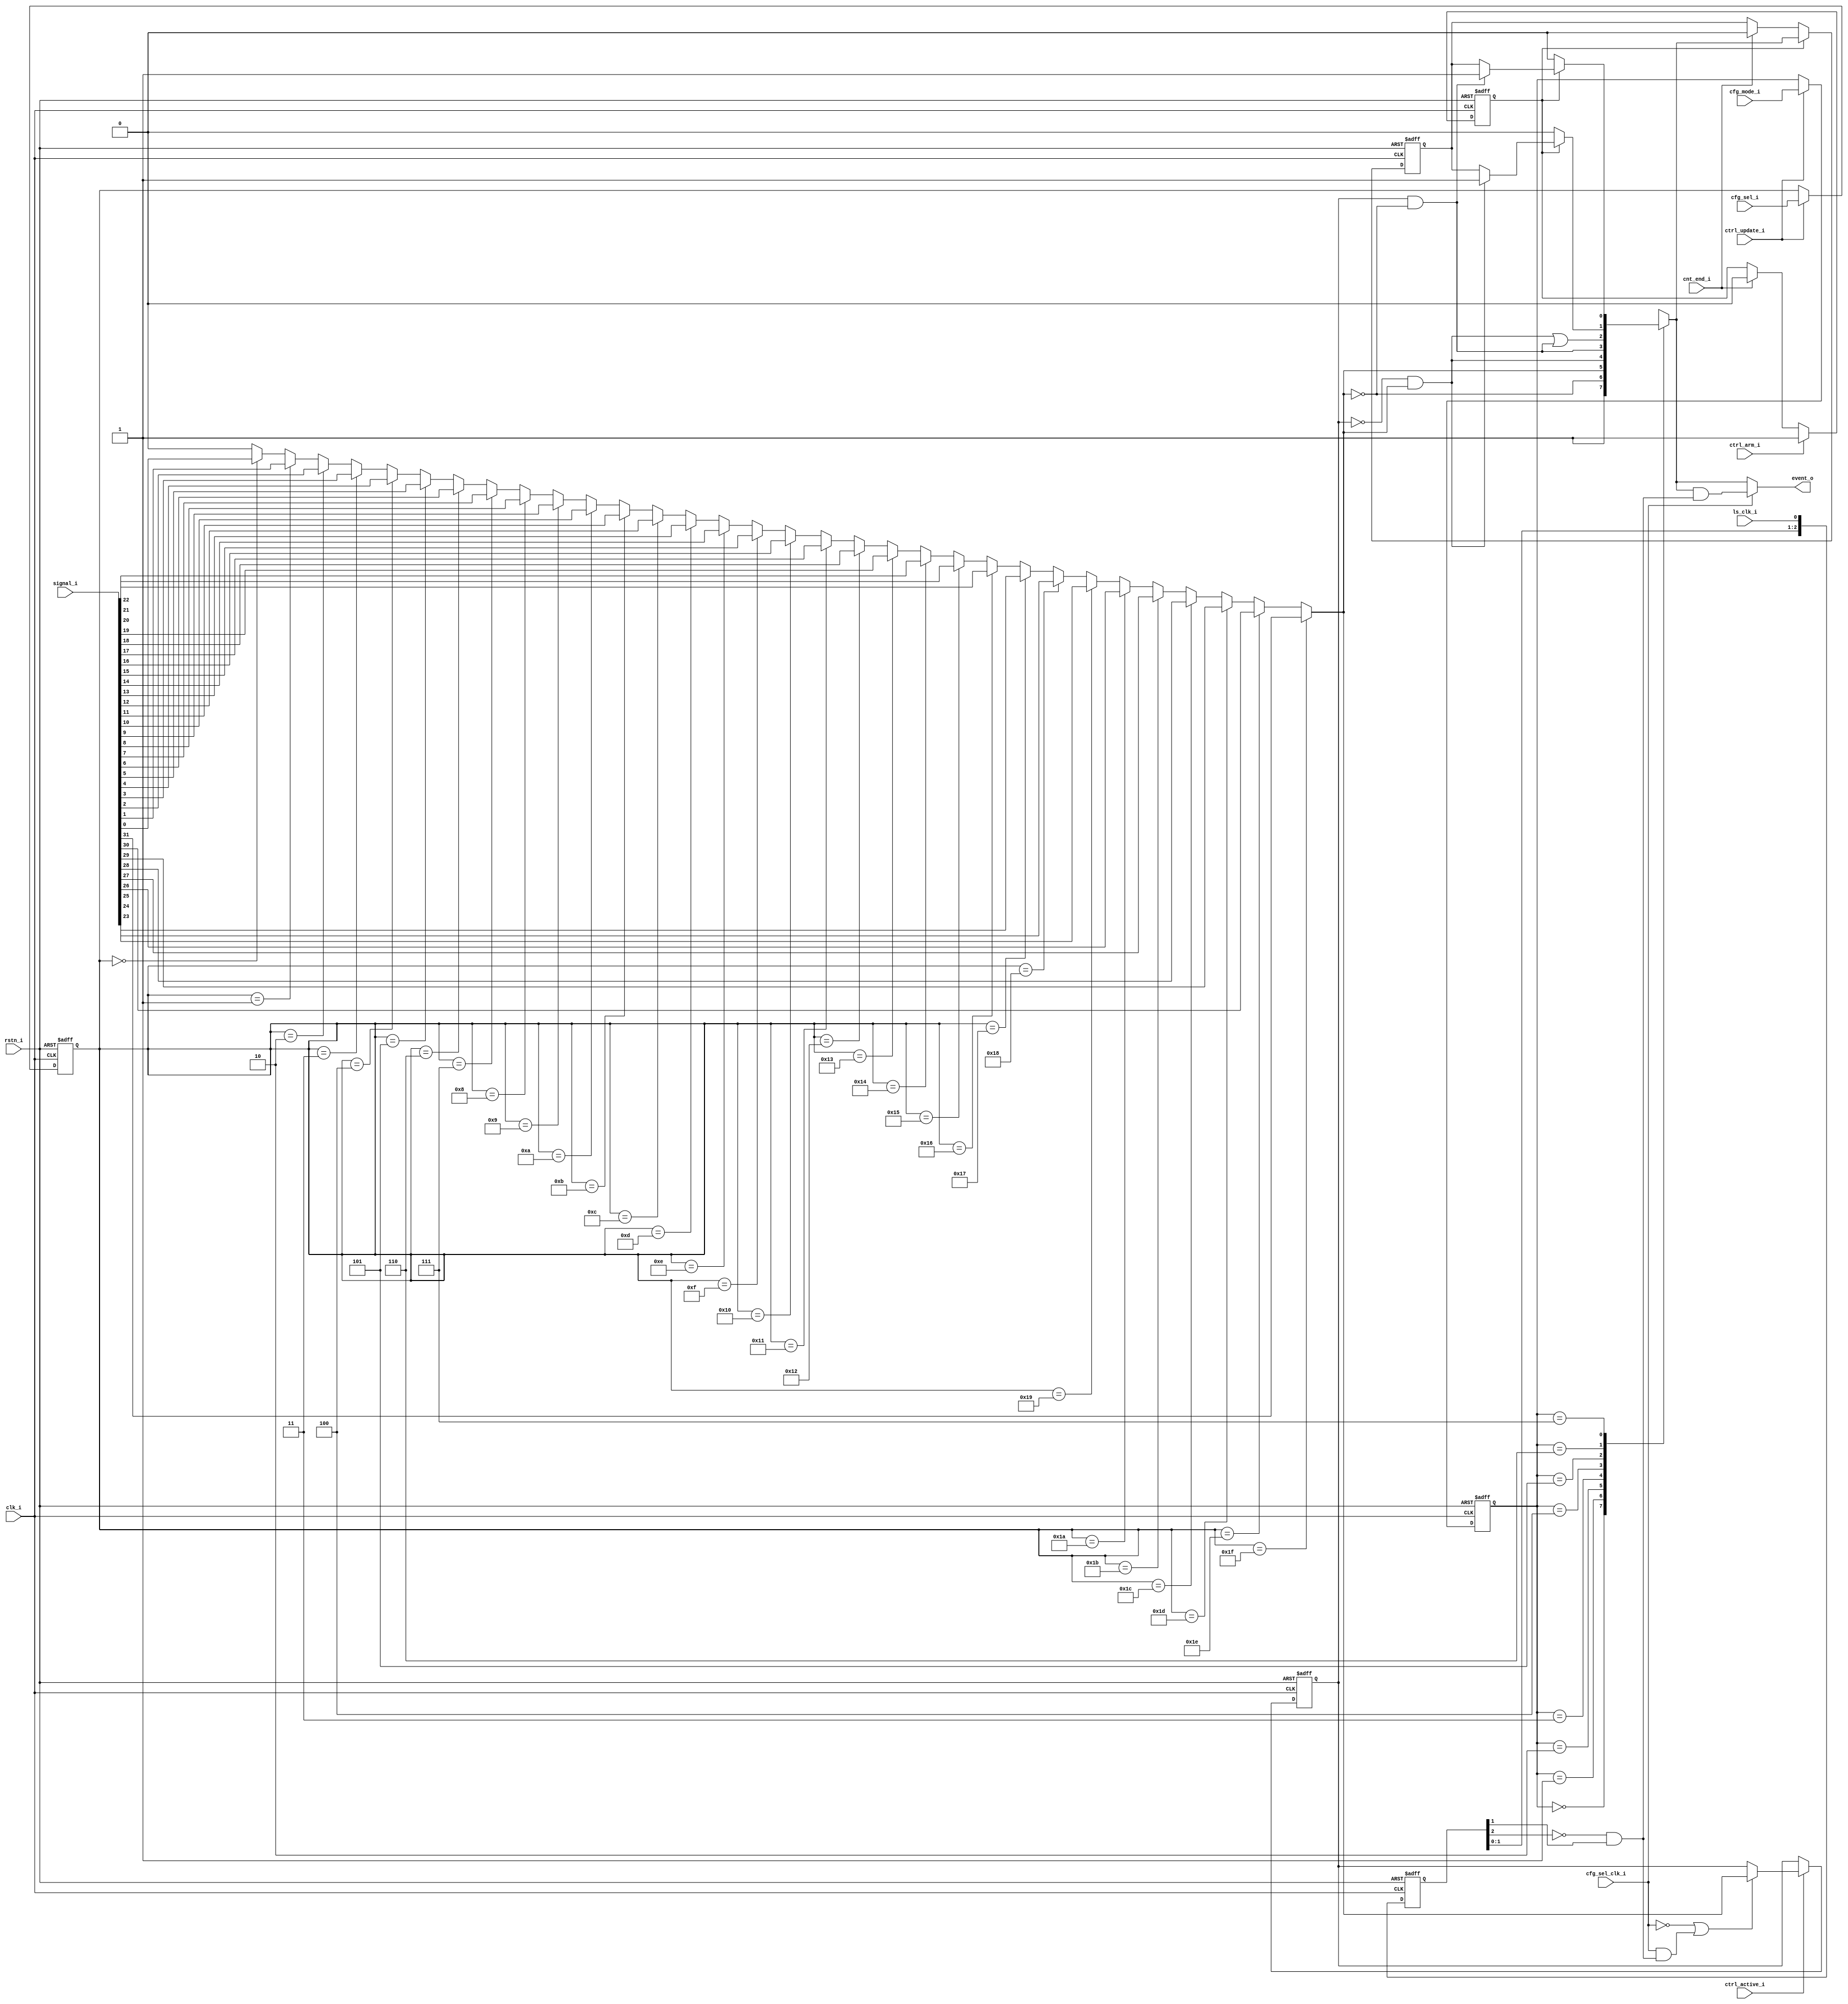
// Copyright 2018 ETH Zurich and University of Bologna.
// -- Adaptable modifications made for hbirdv2 SoC. -- 
// Copyright and related rights are licensed under the Solderpad Hardware
// License, Version 0.51 (the "License"); you may not use this file except in
// compliance with the License.  You may obtain a copy of the License at
// http://solderpad.org/licenses/SHL-0.51. Unless required by applicable law
// or agreed to in writing, software, hardware and materials distributed under
// this License is distributed on an "AS IS" BASIS, WITHOUT WARRANTIES OR
// CONDITIONS OF ANY KIND, either express or implied. See the License for the
// specific language governing permissions and limitations under the License.

module input_stage #(
    parameter EXTSIG_NUM = 32
) (
    input  wire                    clk_i,
    input  wire                    rstn_i,
    input  wire                    ctrl_active_i,
    input  wire                    ctrl_update_i,
    input  wire                    ctrl_arm_i,
    input  wire                    cnt_end_i,
    input  wire [7:0]              cfg_sel_i,
    input  wire                    cfg_sel_clk_i,
    input  wire [2:0]              cfg_mode_i,
    input  wire                    ls_clk_i,
    input  wire [EXTSIG_NUM - 1:0] signal_i,
    output reg                     event_o
);

    wire      s_rise;
    wire      s_rise_ls_clk;
    wire      s_fall;
    reg       s_int_evnt;
    wire      s_event;
    wire      r_active;
    reg       r_event;
    reg       r_oldval;
    reg       s_int_sig;
    reg [7:0] r_sel;
    reg [2:0] r_mode;
    reg       r_armed;
    reg [2:0] r_ls_clk_sync;
    
    
    assign s_rise        = ~r_oldval & s_int_sig;
    assign s_fall        = r_oldval & ~s_int_sig;
    assign s_rise_ls_clk = ~r_ls_clk_sync[2] & r_ls_clk_sync[1];

    always @(posedge clk_i or negedge rstn_i) begin : proc_r_ls_clk_sync
        if (~rstn_i)
            r_ls_clk_sync <= 'h0;
        else
            r_ls_clk_sync <= {r_ls_clk_sync[1:0], ls_clk_i};
    end


    always @(posedge clk_i or negedge rstn_i) begin : proc_r_mode
        if (~rstn_i) begin
            r_mode <= 0;
            r_sel  <= 0;
        end else if (ctrl_update_i) begin
            r_mode <= cfg_mode_i;
            r_sel  <= cfg_sel_i;
        end
    end


    always @(*) begin : proc_event_o
        if (cfg_sel_clk_i)
            event_o = s_int_evnt & s_rise_ls_clk;
        else
            event_o = s_int_evnt;
    end


    always @(*) begin : proc_s_int_evnt
        case (r_mode)
            3'b000: s_int_evnt = 1'b1;
            3'b001: s_int_evnt = ~s_int_sig;
            3'b010: s_int_evnt = s_int_sig;
            3'b011: s_int_evnt = s_rise;
            3'b100: s_int_evnt = s_fall;
            3'b101: s_int_evnt = s_rise | s_fall;
            3'b110:
            begin
                if (r_armed)
                    s_int_evnt = (s_rise ? 1'b1 : r_event);
                else
                    s_int_evnt = 1'b0;
            end
            3'b111:
            begin
                if (r_armed)
                    s_int_evnt = (s_fall ? 1'b1 : r_event);
                else
               	    s_int_evnt = 1'b0;
            end
        endcase
    end

    integer i;
    always @(*) begin : proc_int_sig
        s_int_sig = 0;
	for (i = 0; i < EXTSIG_NUM; i = i + 1) begin
       	    if (r_sel == i)  s_int_sig = signal_i[i];
	end
    end


    always @(posedge clk_i or negedge rstn_i) begin : proc_r_event
        if (~rstn_i) begin
            r_event <= 1'b0;
            r_armed <= 1'b0;
	end else begin
            if (r_armed)
                r_event <= s_int_evnt;
            else if (cnt_end_i)
                r_event <= 1'b0;

            if (ctrl_arm_i)
                r_armed <= 1'b1;
            else if (cnt_end_i)
                r_armed <= 1'b0;
        end
    end


    always @(posedge clk_i or negedge rstn_i) begin : proc_r_sync
	if (~rstn_i) begin
            r_oldval <= 0;
	end else if (ctrl_active_i) begin
            if (!cfg_sel_clk_i || (cfg_sel_clk_i && s_rise_ls_clk))
                r_oldval <= s_int_sig;
        end
    end


endmodule